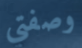
وصفتي